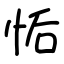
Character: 㤧